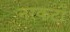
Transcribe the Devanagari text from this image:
नरकटों